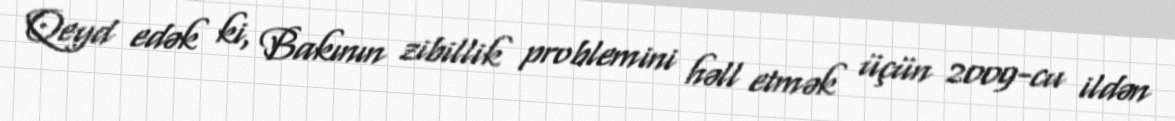
Qeyd edək ki, Bakının zibillik problemini həll etmək üçün 2009-cu ildən